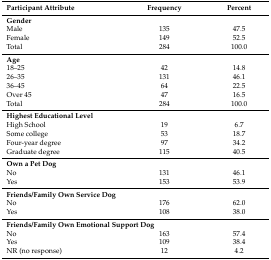
<table><thead><tr><td><b>Participant Attribute</b></td><td><b>Frequency</b></td><td><b>Percent</b></td></tr></thead><tbody><tr><td colspan="3"><b>Gender</b></td></tr><tr><td>Male</td><td>135</td><td>47.5</td></tr><tr><td>Female</td><td>149</td><td>52.5</td></tr><tr><td>Total</td><td>284</td><td>100.0</td></tr><tr><td colspan="3"><b>Age</b></td></tr><tr><td>18–25</td><td>42</td><td>14.8</td></tr><tr><td>26–35</td><td>131</td><td>46.1</td></tr><tr><td>36–45</td><td>64</td><td>22.5</td></tr><tr><td>Over 45</td><td>47</td><td>16.5</td></tr><tr><td>Total</td><td>284</td><td>100.0</td></tr><tr><td colspan="3"><b>Highest Educational Level</b></td></tr><tr><td>High School</td><td>19</td><td>6.7</td></tr><tr><td>Some college</td><td>53</td><td>18.7</td></tr><tr><td>Four-year degree</td><td>97</td><td>34.2</td></tr><tr><td>Graduate degree</td><td>115</td><td>40.5</td></tr><tr><td colspan="3"><b>Own a Pet Dog</b></td></tr><tr><td>No</td><td>131</td><td>46.1</td></tr><tr><td>Yes</td><td>153</td><td>53.9</td></tr><tr><td colspan="3"><b>Friends/Family Own Service Dog</b></td></tr><tr><td>No</td><td>176</td><td>62.0</td></tr><tr><td>Yes</td><td>108</td><td>38.0</td></tr><tr><td colspan="3"><b>Friends/Family Own Emotional Support Dog</b></td></tr><tr><td>No</td><td>163</td><td>57.4</td></tr><tr><td>Yes</td><td>109</td><td>38.4</td></tr><tr><td>NR (no response)</td><td>12</td><td>4.2</td></tr></tbody></table>